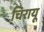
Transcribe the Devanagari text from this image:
चिरायू